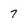
Character: 7